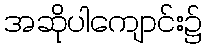
အဆိုပါကျောင်း၌